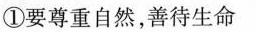
①要尊重自然，善待生命